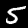
Label: 5